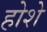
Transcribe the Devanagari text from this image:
होशे